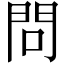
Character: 問